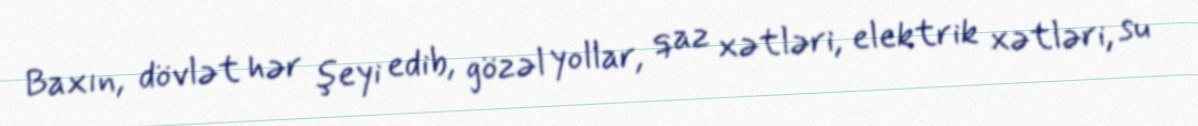
Baxın, dövlət hər şeyi edib, gözəl yollar, qaz xətləri, elektrik xətləri, su